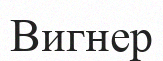
Вигнер